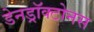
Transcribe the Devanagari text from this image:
डेनड्रॉक्टोनस